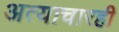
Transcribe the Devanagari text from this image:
अत्याचारही